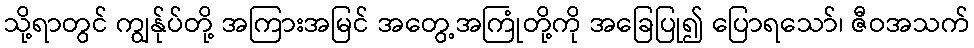
သို့ရာတွင် ကျွန်ုပ်တို့ အကြားအမြင် အတွေ့အကြုံတို့ကို အခြေပြု၍ ပြောရသော်၊ ဇီဝအသက်